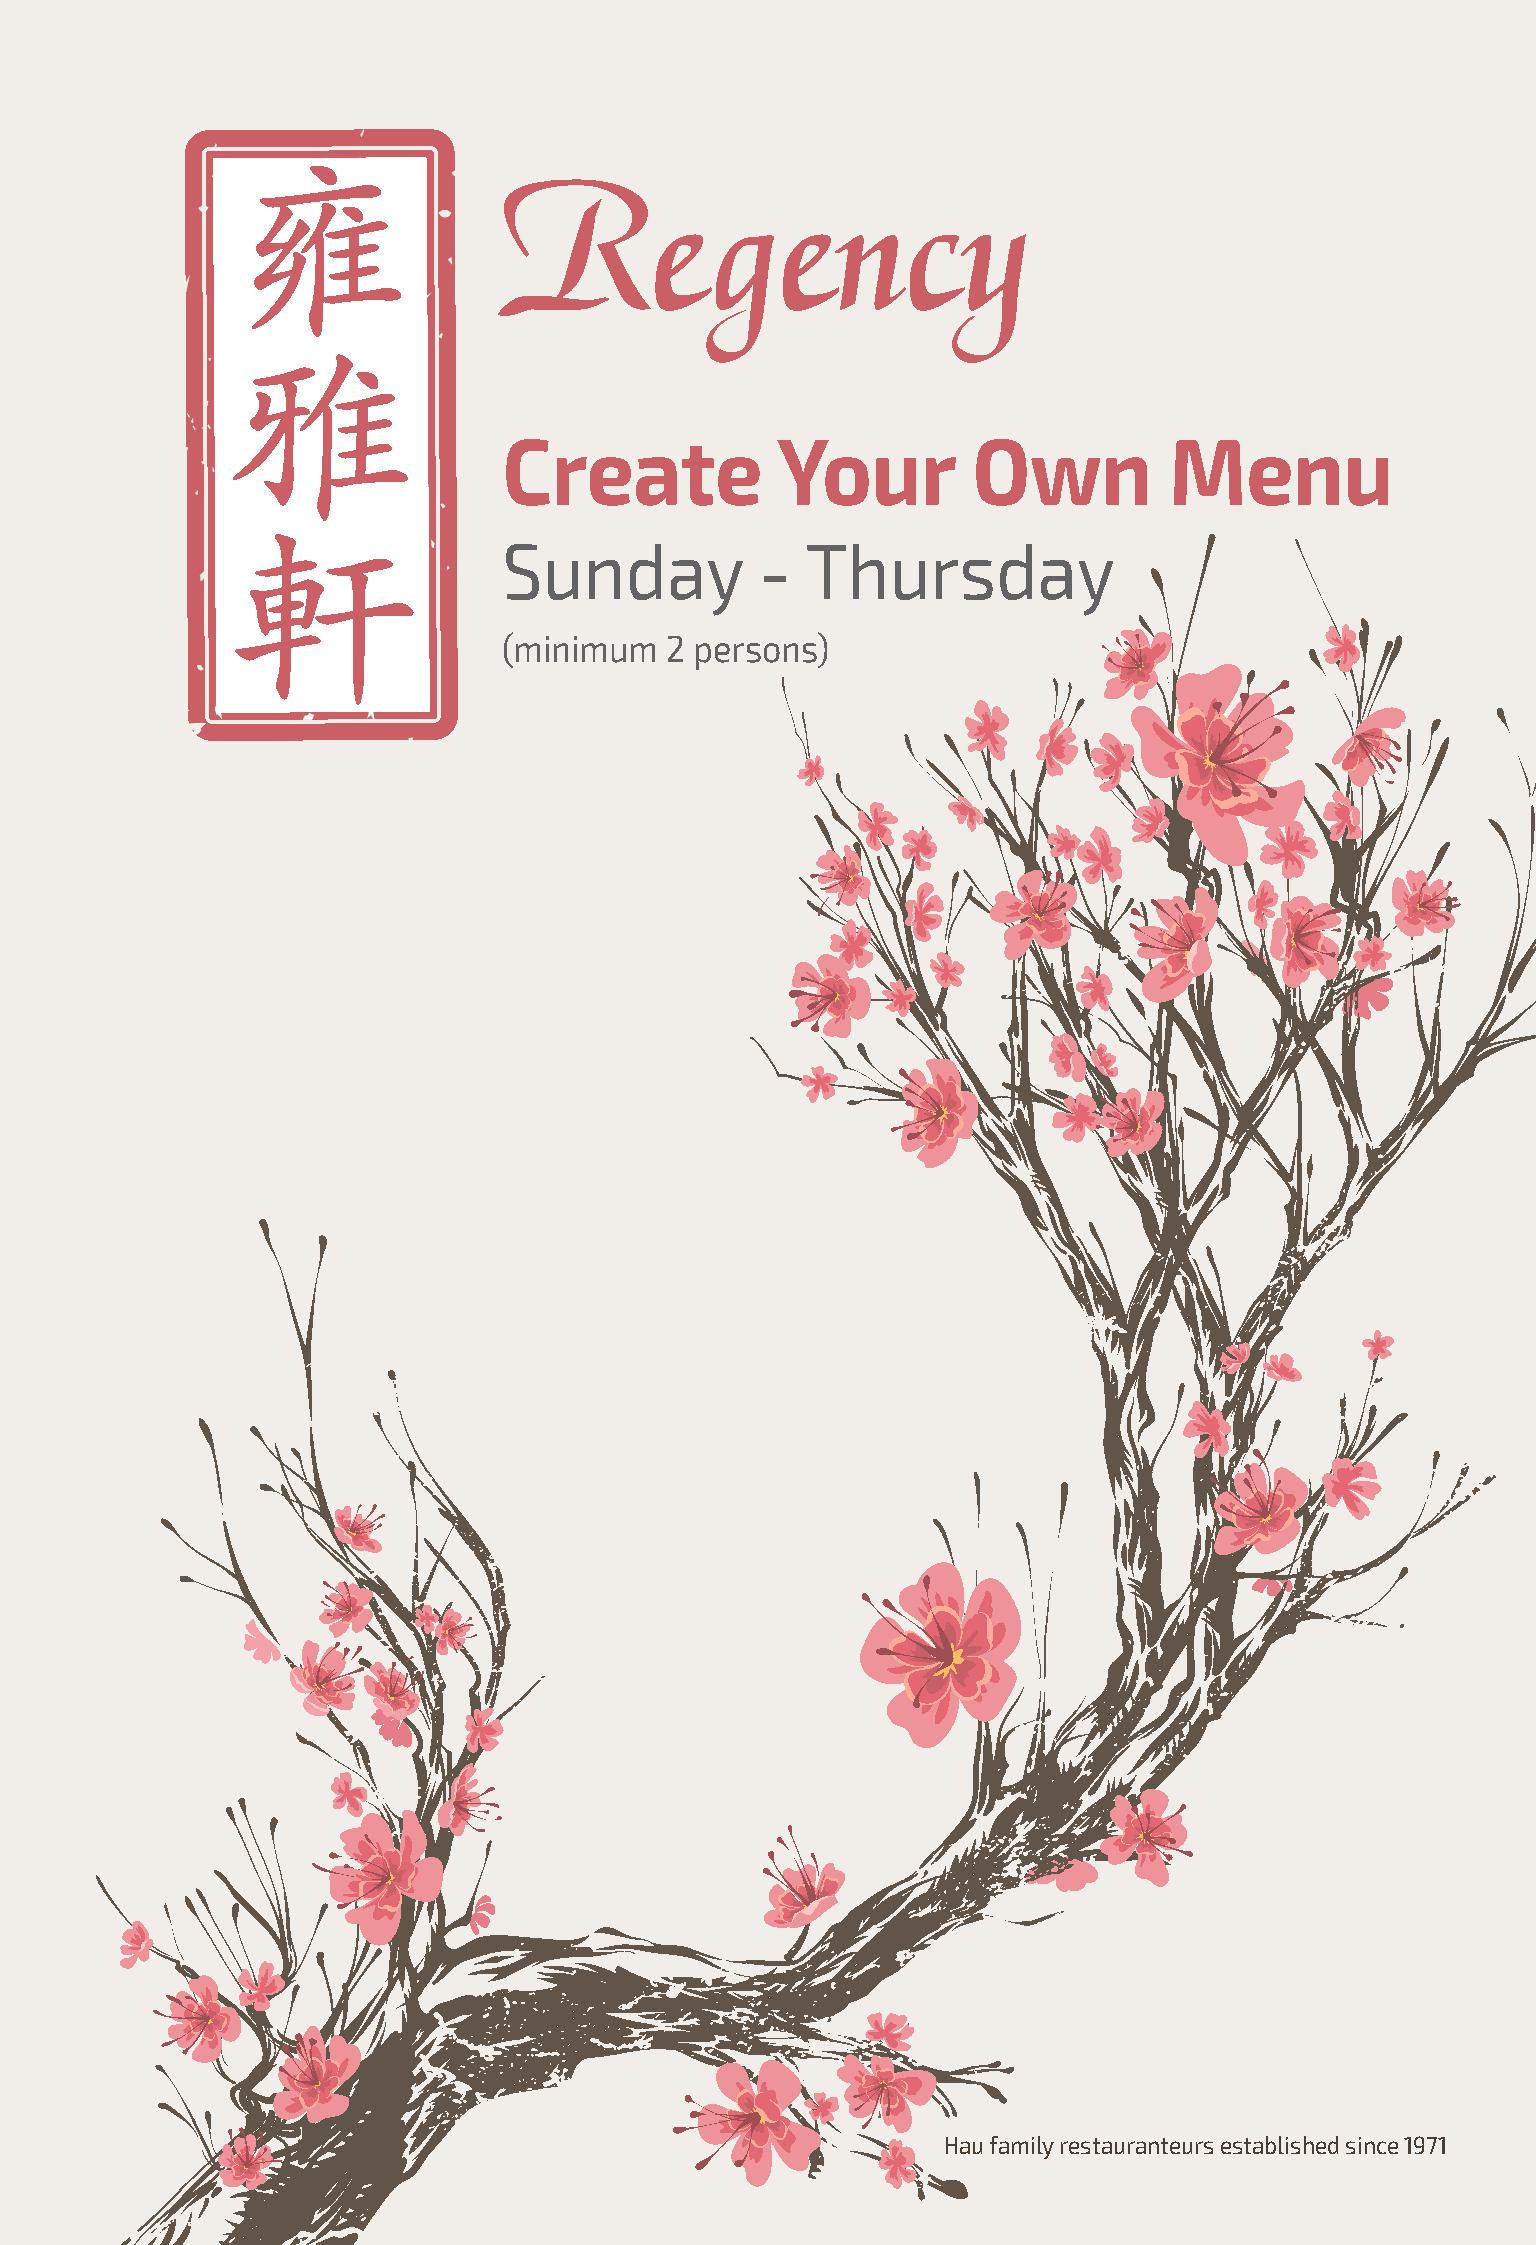
Regency
 Create            Your         Own          Menu
 Sunday           -  Thursday
 (minimum   2 persons)
 Hau family restauranteurs established since 1971